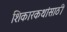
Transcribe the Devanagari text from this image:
शिकारकथांसाठी